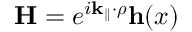
\mathbf { H } = e ^ { i \mathbf { k _ { \parallel } } \cdot \boldsymbol { \rho } } \mathbf { h } ( x )